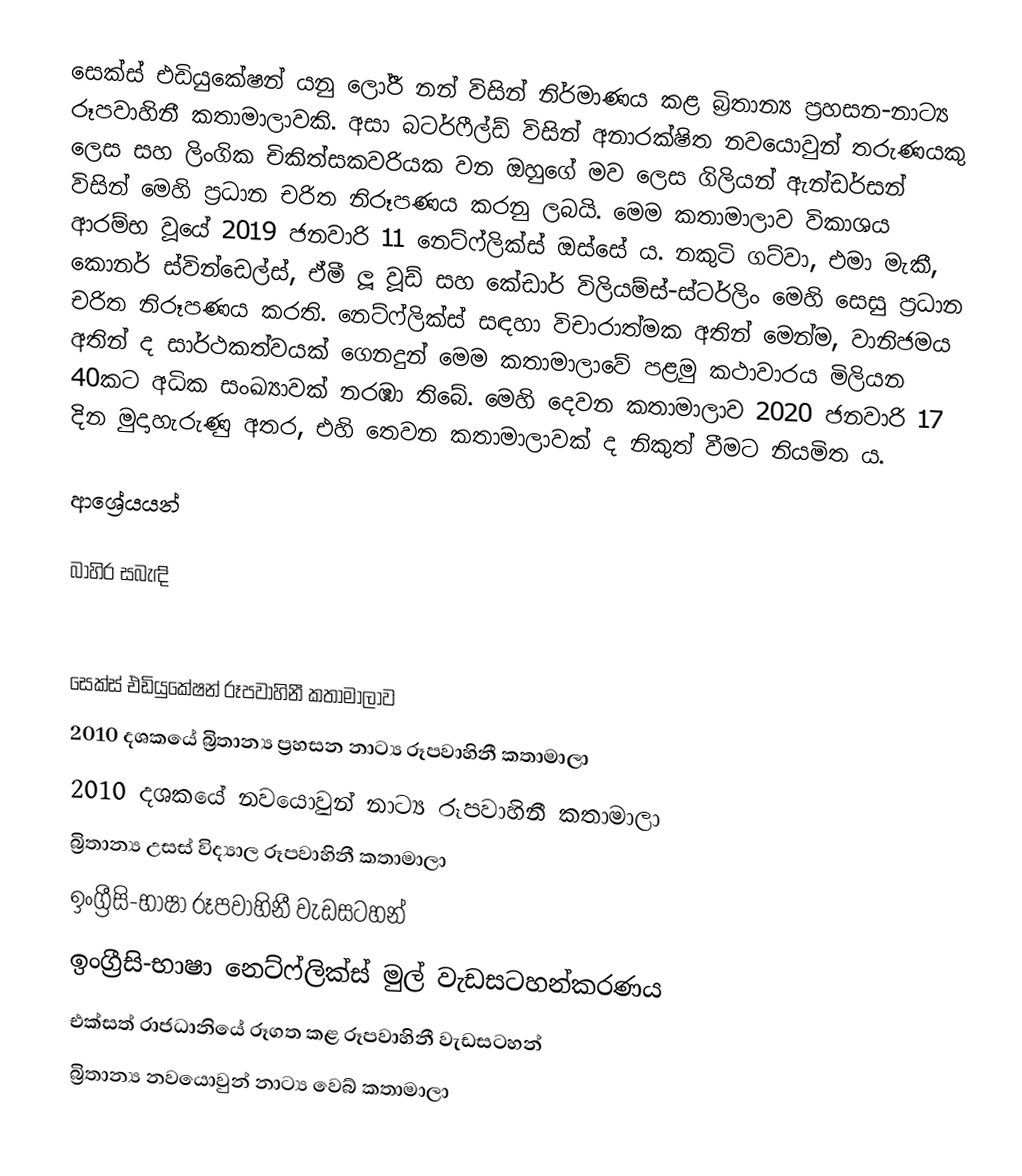
සෙක්ස් එඩියුකේෂන් යනු ලෝරී නන් විසින් නිර්මාණය කළ බ්‍රිතාන්‍ය ප්‍රහසන-නාට්‍ය රූපවාහිනී කතාමාලාවකි. අසා බටර්ෆීල්ඩ් විසින් අනාරක්ෂිත නවයොවුන් තරුණයකු ලෙස සහ ලිංගික චිකිත්සකවරියක වන ඔහුගේ මව ලෙස ගිලියන් ඇන්ඩර්සන් විසින් මෙහි ප්‍රධාන චරිත නිරූපණය කරනු ලබයි. මෙම කතාමාලාව විකාශය ආරම්භ වූයේ 2019 ජනවාරි 11 නෙට්ෆ්ලික්ස් ඔස්සේ ය. නකුටි ගට්වා, එමා මැකී, කොනර් ස්වින්ඩෙල්ස්, ඒමී ලූ වූඩ් සහ කේඩාර් විලියම්ස්-ස්ටර්ලිං මෙහි සෙසු ප්‍රධාන චරිත නිරූපණය කරති. නෙට්ෆ්ලික්ස් සඳහා විචාරාත්මක අතින් මෙන්ම, වානිජමය අතින් ද සාර්ථකත්වයක් ගෙනදුන් මෙම කතාමාලාවේ පළමු කථාවාරය මිලියන 40කට අධික සංඛ්‍යාවක් නරඹා තිබේ. මෙහි දෙවන කතාමාලාව 2020 ජනවාරි 17 දින මුදාහැරුණු අතර, එහි තෙවන කතාමාලාවක් ද නිකුත් වීමට නියමිත ය.

ආශ්‍රේයයන්

බාහිර සබැඳි

සෙක්ස් එඩියුකේෂන් රූපවාහිනී කතාමාලාව
2010 දශකයේ බ්‍රිතාන්‍ය ප්‍රහසන නාට්‍ය රූපවාහිනී කතාමාලා
2010 දශකයේ නවයොවුන් නාට්‍ය රූපවාහිනී කතාමාලා
බ්‍රිතාන්‍ය උසස් විද්‍යාල රූපවාහිනී කතාමාලා
ඉංග්‍රීසි-භාෂා රූපවාහිනී වැඩසටහන්
ඉංග්‍රීසි-භාෂා නෙට්ෆ්ලික්ස් මුල් වැඩසටහන්කරණය
එක්සත් රාජධානියේ රූගත කළ රූපවාහිනී වැඩසටහන්
බ්‍රිතාන්‍ය නවයොවුන් නාට්‍ය වෙබ් කතාමාලා